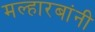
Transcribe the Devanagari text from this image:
मल्हारबांनी